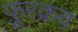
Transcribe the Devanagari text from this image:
फ़ूरक्रव